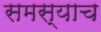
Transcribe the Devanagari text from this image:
समस्याच